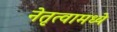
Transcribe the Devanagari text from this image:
नेतृत्वामध्ये